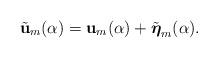
LaTeX: \begin{align*} \tilde {\bf u}_m(\alpha) = {\bf u}_m(\alpha) + \tilde{\boldsymbol{\eta}}_m(\alpha). \end{align*}